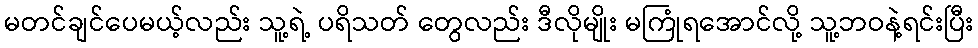
မတင်ချင်ပေမယ့်လည်း သူ့ရဲ့ ပရိသတ် တွေလည်း ဒီလိုမျိုး မကြုံရအောင်လို့ သူ့ဘဝနဲ့ရင်းပြီး